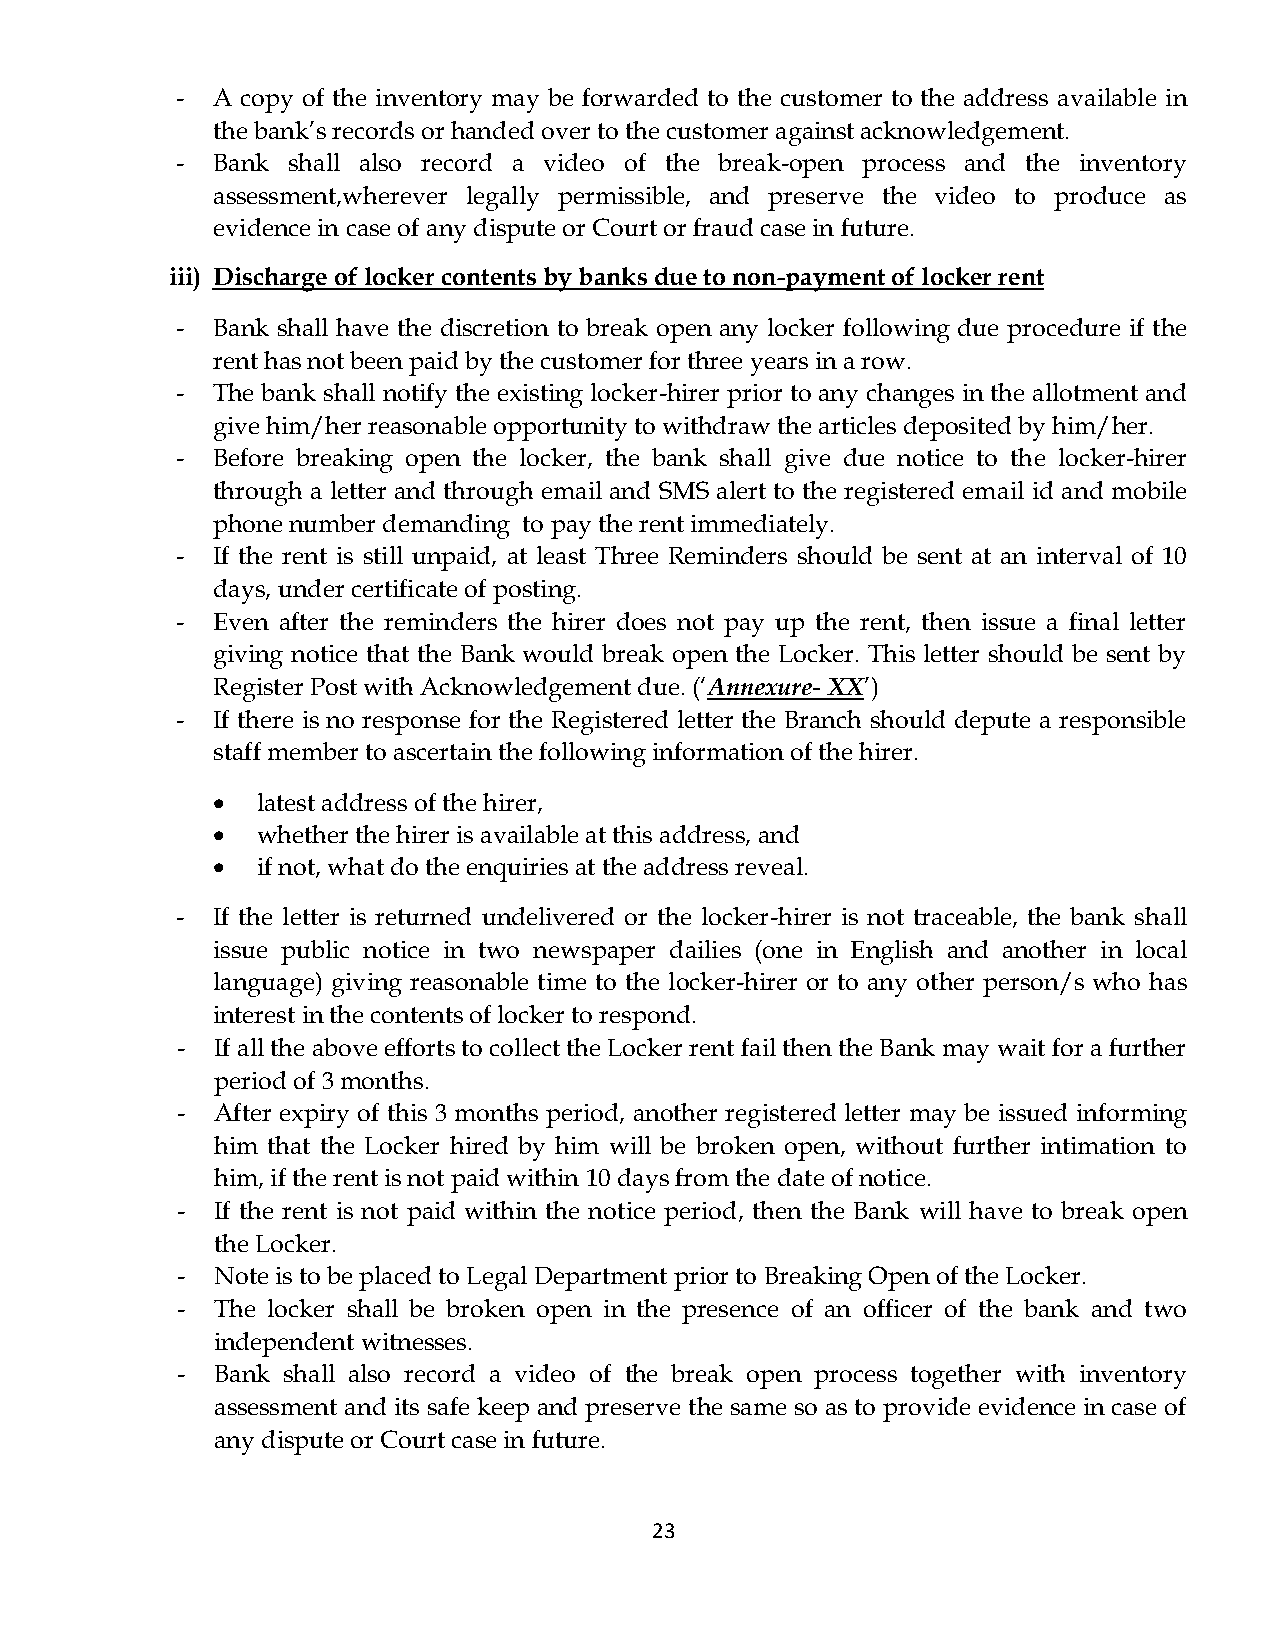
- A copy of the inventory may be forwarded to the customer to the address available in
 the bank’s records or handed over to the customer against acknowledgement.
 - Bank shall also record a video of the break-open process and the inventory
 assessment,wherever legally permissible, and preserve the video to produce as
 evidence in case of any dispute or Court or fraud case in future.
 iii) Discharge of locker contents by banks due to non-payment of locker rent
 - Bank shall have the discretion to break open any locker following due procedure if the
 rent has not been paid by the customer for three years in a row.
 - The bank shall notify the existing locker-hirer prior to any changes in the allotment and
 give him/her reasonable opportunity to withdraw the articles deposited by him/her.
 - Before breaking open the locker, the bank shall give due notice to the locker-hirer
 through a letter and through email and SMS alert to the registered email id and mobile
 phone number demanding to pay the rent immediately.
 - If the rent is still unpaid, at least Three Reminders should be sent at an interval of 10
 days, under certificate of posting.
 - Even after the reminders the hirer does not pay up the rent, then issue a final letter
 giving notice that the Bank would break open the Locker. This letter should be sent by
 Register Post with Acknowledgement due. (‘Annexure- XX’)
 - If there is no response for the Registered letter the Branch should depute a responsible
 staff member to ascertain the following information of the hirer.
   latest address of the hirer,
   whether the hirer is available at this address, and
   if not, what do the enquiries at the address reveal.
 - If the letter is returned undelivered or the locker-hirer is not traceable, the bank shall
 issue public notice in two newspaper dailies (one in English and another in local
 language) giving reasonable time to the locker-hirer or to any other person/s who has
 interest in the contents of locker to respond.
 - If all the above efforts to collect the Locker rent fail then the Bank may wait for a further
 period of 3 months.
 - After expiry of this 3 months period, another registered letter may be issued informing
 him that the Locker hired by him will be broken open, without further intimation to
 him, if the rent is not paid within 10 days from the date of notice.
 - If the rent is not paid within the notice period, then the Bank will have to break open
 the Locker.
 - Note is to be placed to Legal Department prior to Breaking Open of the Locker.
 - The locker shall be broken open in the presence of an officer of the bank and two
 independent witnesses.
 - Bank shall also record a video of the break open process together with inventory
 assessment and its safe keep and preserve the same so as to provide evidence in case of
 any dispute or Court case in future.
 23